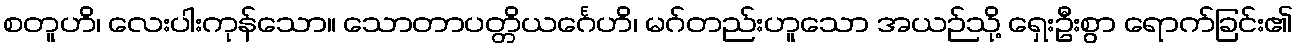
စတူဟိ၊ လေးပါးကုန်သော။ သောတာပတ္တိယင်္ဂေဟိ၊ မဂ်တည်းဟူသော အယဉ်သို့ ရှေးဦးစွာ ရောက်ခြင်း၏